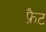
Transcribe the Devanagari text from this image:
फ्रैट